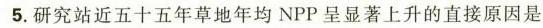
5.研究站近五十五年草地年均NPP呈显著上升的直接原因是